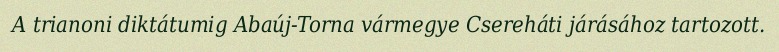
A trianoni diktátumig Abaúj-Torna vármegye Csereháti járásához tartozott.